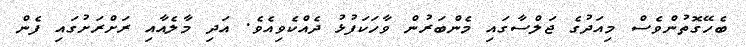
ބެހޭގޮތުންވެސް މިއަދުގެ ޖަލްސާގައި މެންބަރުން ވާހަކަފުޅު ދެއްކެވިއެވެ. އަދި މާލެއާއި ރަށްރަށުގައި ފެން